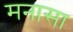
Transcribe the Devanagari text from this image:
मनासा